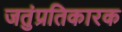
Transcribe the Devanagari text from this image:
जतुंप्रतिकारक